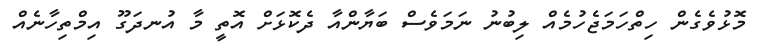
މޮޅުވެގެން ހިތްހަމަޖެހުމެއް ލިބުނު ނަމަވެސް ބަޔާންއާ ދެކޮޅަށް އޮތީ މާ އުނދަގޫ އިމްތިހާނެއް